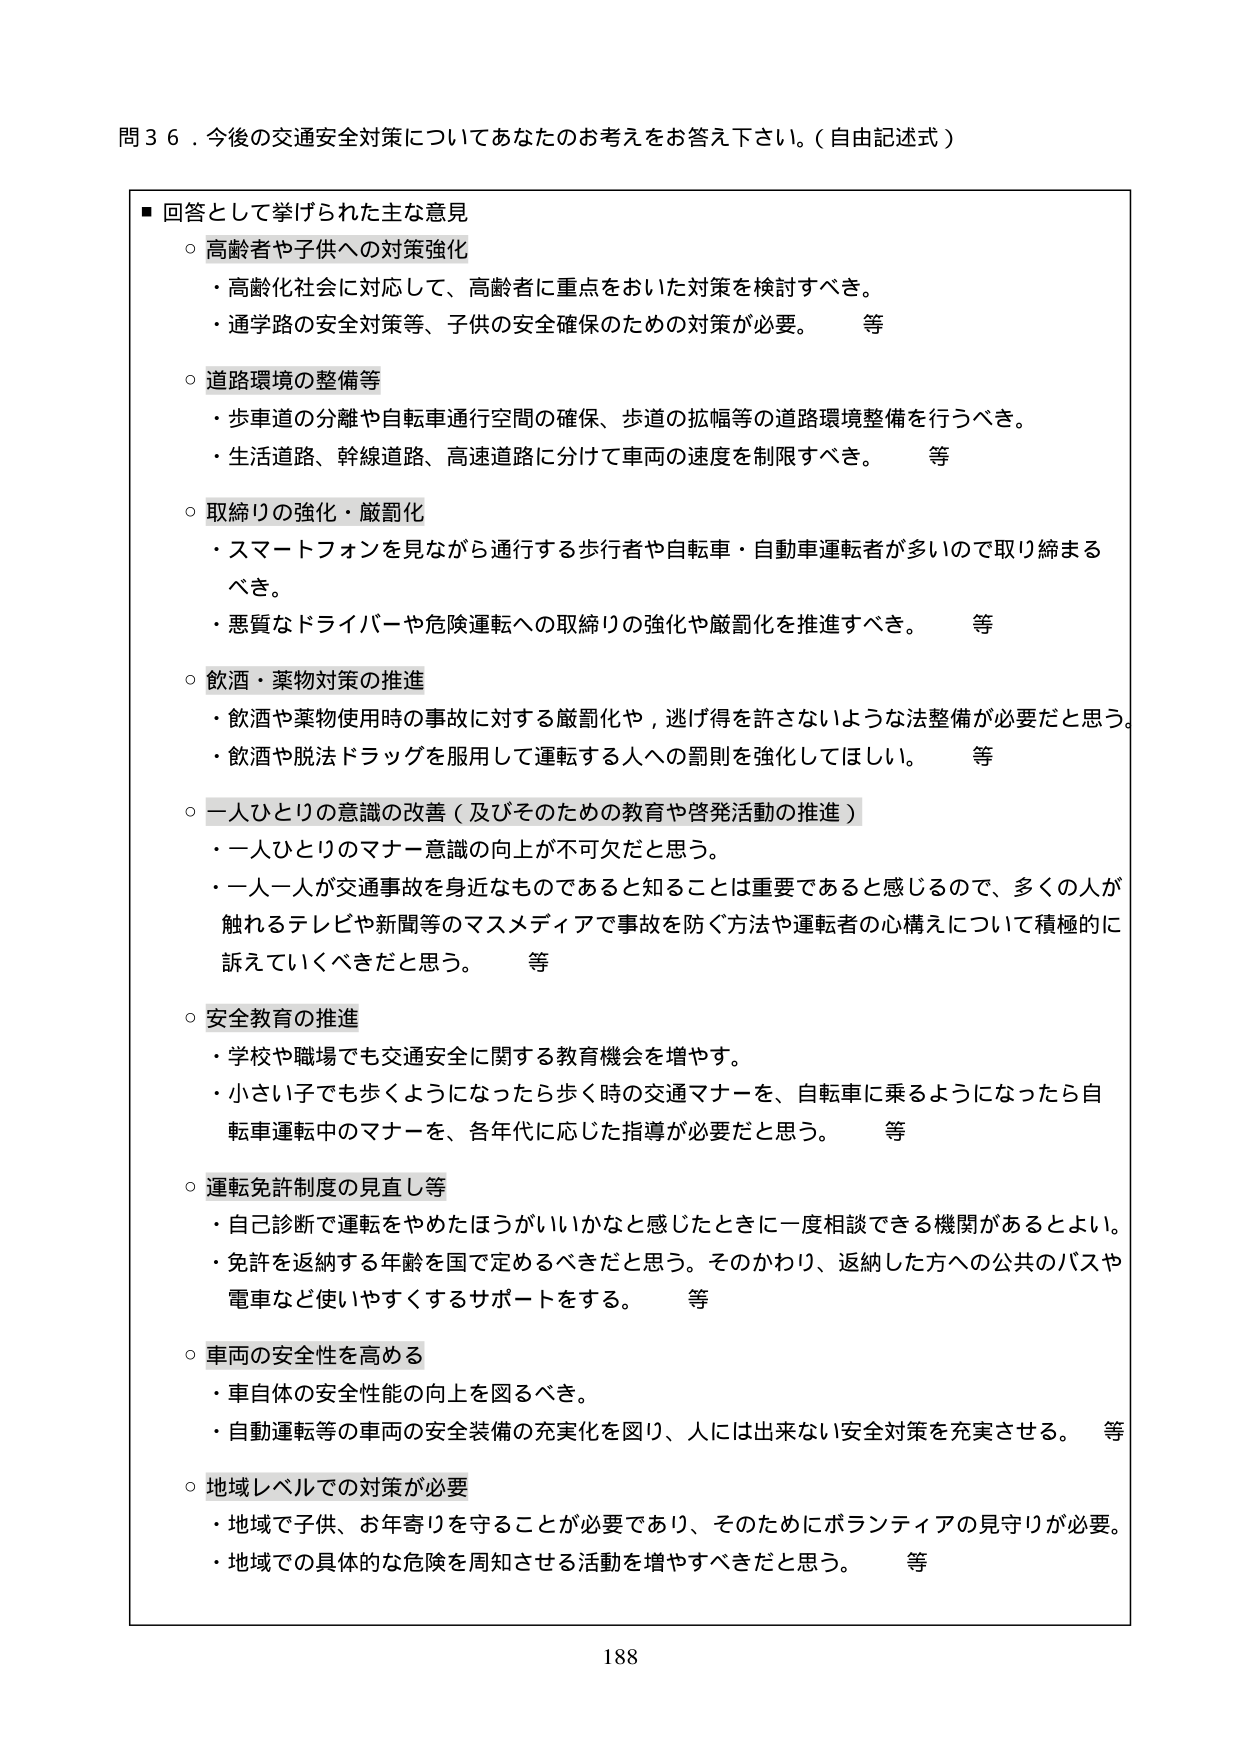
問３６．今後の交通安全対策についてあなたのお考えをお答え下さい。（自由記述式）

■ 回答として挙げられた主な意見
○ 高齢者や子供への対策強化
・高齢化社会に対応して、高齢者に重点をおいた対策を検討すべき。
・通学路の安全対策等、子供の安全確保のための対策が必要。　等

○ 道路環境の整備等
・歩車道の分離や自転車通行空間の確保、歩道の拡幅等の道路環境整備を行うべき。
・生活道路、幹線道路、高速道路に分けて車両の速度を制限すべき。　等

○ 取締りの強化・厳罰化
・スマートフォンを見ながら通行する歩行者や自転車・自動車運転者が多いため取り締まるべき。
・悪質なドライバーや危険運転への取締りの強化や厳罰化を推進すべき。　等

○ 飲酒・薬物対策の推進
・飲酒や薬物使用時の事故に対する厳罰化や、逃げ得を許さないような法整備が必要だと思う。
・飲酒や脱法ドラッグを服用して運転する人への罰則を強化してほしい。　等

○ 一人ひとりの意識の改善（及びそのための教育や啓発活動の推進）
・一人ひとりのマナー意識の向上が不可欠だと思う。
・一人一人が交通事故を身近なものであると知ることは重要であると感じるので、多くの人が触れるテレビや新聞等のマスメディアで事故を防ぐ方法や運転者の心構えについて積極的に訴えていくべきだと思う。　等

○ 安全教育の推進
・学校や職場でも交通安全に関する教育機会を増やす。
・小さい子でも歩くようになったら歩く時の交通マナーを、自転車に乗るようになったら自転車運転中のマナーを、各年代に応じた指導が必要だと思う。　等

○ 運転免許制度の見直し等
・自己診断で運転をやめたほうがいいかなと感じたときに一度相談できる機関があるとよい。
・免許を返納する年齢を国で定めるべきだと思う。そのかわり、返納した方への公共のバスや電車など使いやすくするサポートをする。　等

○ 車両の安全性を高める
・車自体の安全性能の向上を図るべき。
・自動運転等の車両の安全装備の充実化を図り、人には出来ない安全対策を充実させる。　等

○ 地域レベルでの対策が必要
・地域で子供、お年寄りを守ることが必要であり、そのためにボランティアの見守りが必要。
・地域での具体的な危険を周知させる活動を増やすべきだと思う。　等

188